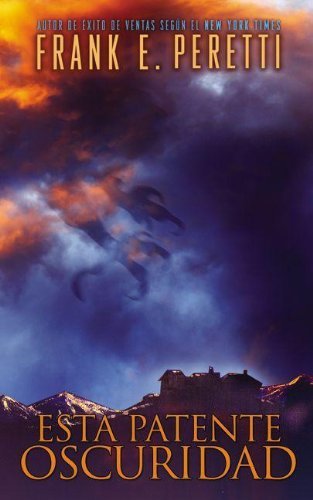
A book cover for Esta patente oscuridad (Spanish Edition); Frank E. Peretti; Christian Books & Bibles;